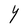
Character: Y